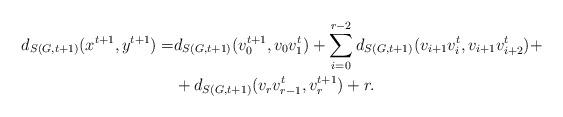
LaTeX: \begin{align*}d_{S(G,t+1)}(x^{t+1},y^{t+1}) =&d_{S(G,t+1)}(v_0^{t+1},v_0v_1^t)+\sum_{i=0}^{r-2} d_{S(G,t+1)}(v_{i+1}v_i^t,v_{i+1}v_{i+2}^t) +\\&+d_{S(G,t+1)}(v_rv_{r-1}^t,v_r^{t+1})+r. \end{align*}